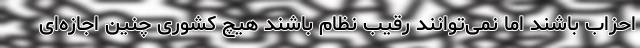
احزاب باشند اما نمی‌توانند رقیب نظام باشند هیچ کشوری چنین اجاز‌ه‌ای